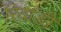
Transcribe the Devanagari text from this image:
रिवाङी